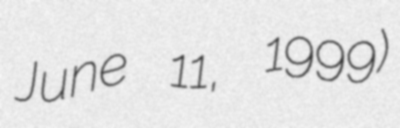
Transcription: June 11, 1999)